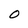
Character: O